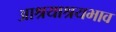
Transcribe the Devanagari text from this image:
आश्रयाश्रयभाव